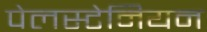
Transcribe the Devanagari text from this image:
पेलस्टेनियन